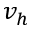
v _ { h }